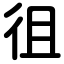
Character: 徂